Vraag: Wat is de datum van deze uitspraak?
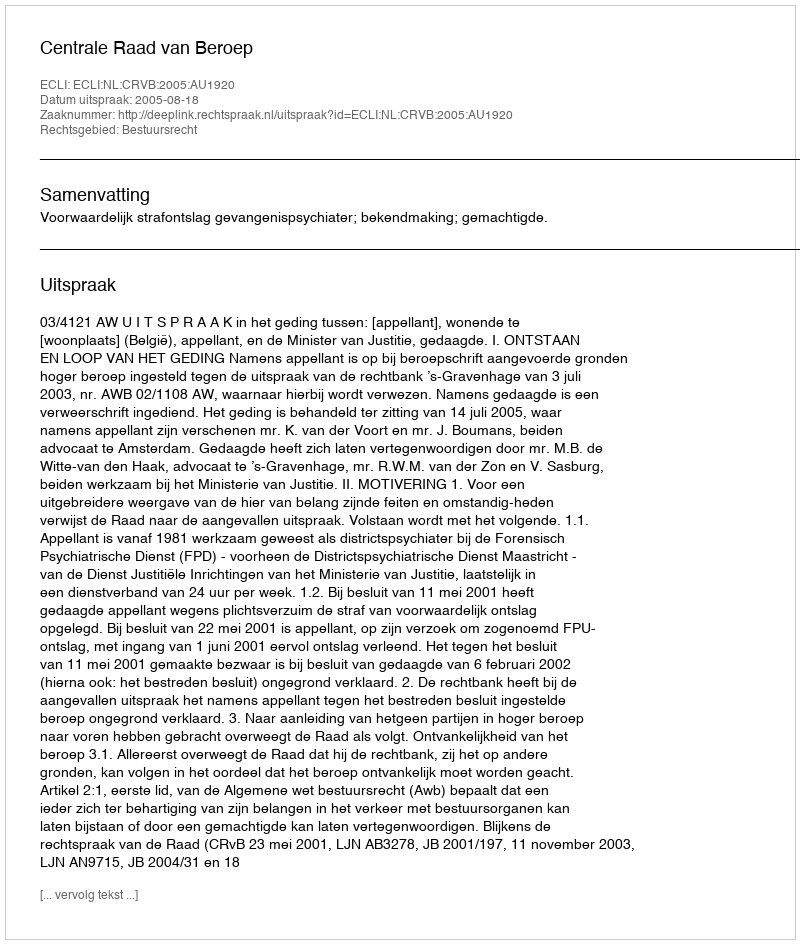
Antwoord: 2005-08-18